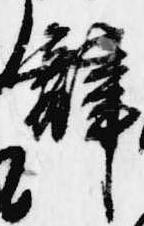
辞